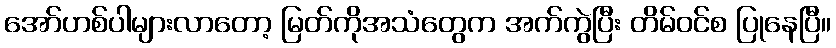
အော်ဟစ်ပါများလာတော့ မြတ်ကိုအသံတွေက အက်ကွဲပြီး တိမ်ဝင်စ ပြုနေပြီ။